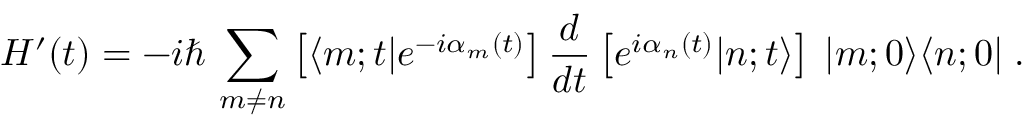
H ^ { \prime } ( t ) = - i \hbar \, \sum _ { m \neq n } \left[ \langle m ; t | e ^ { - i \alpha _ { m } ( t ) } \right] \frac { d } { d t } \left[ e ^ { i \alpha _ { n } ( t ) } | n ; t \rangle \right] \: | m ; 0 \rangle \langle n ; 0 | \; .